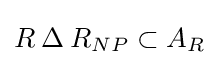
R\mathbin {\Delta } R_{NP}\subset A_{R}